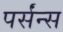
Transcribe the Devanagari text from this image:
पर्संन्स